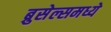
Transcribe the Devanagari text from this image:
ब्रुसेल्समध्ये